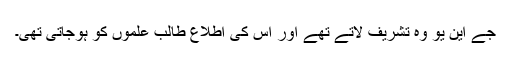
جے این یو وہ تشریف لاتے تھے اور اس کی اطلاع طالب علموں کو ہوجاتی تھی۔